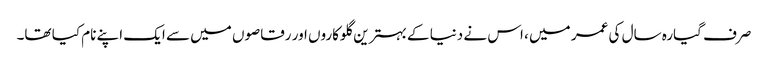
صرف گیارہ سال کی عمر میں ، اس نے دنیا کے بہترین گلوکاروں اور رقاصوں میں سے ایک اپنے نام کیا تھا۔